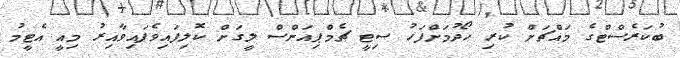
ބުކަރެސްޓްގެ މައްޗަށް ކުރި ހޯދުމަށްފަހު ސިޓީ ޗެމްޕިއަންސް ލީގަށް ކޮލިފައިވެފައިވާއިރު މިއީ އެޓީމު